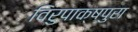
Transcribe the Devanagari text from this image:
विरुपाक्षपुरा